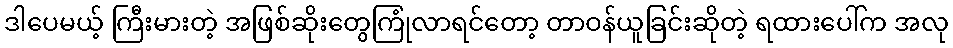
ဒါပေမယ့် ကြီးမားတဲ့ အဖြစ်ဆိုးတွေကြုံလာရင်တော့ တာဝန်ယူခြင်းဆိုတဲ့ ရထားပေါ်က အလု